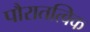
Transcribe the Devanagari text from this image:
पौरातत्विक